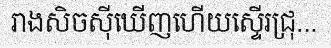
រាងសិចស៊ីឃើញហើយស្ទើរជ្រុ...